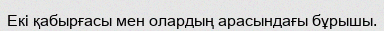
Екі қабырғасы мен олардың арасындағы бұрышы.